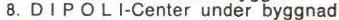
8. DIPOLI-Center under byggnad